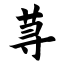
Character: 荨